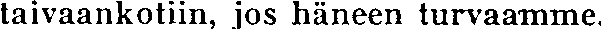
taivaankotiin, jos häneen turvaamme.